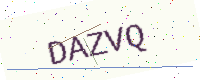
Text: DAZVQ